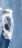
ব